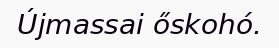
Újmassai őskohó.